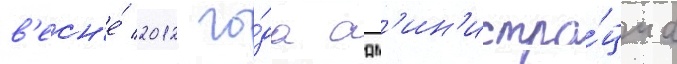
в'есн'е́ 2012 го́да адм'ин'истра́циа